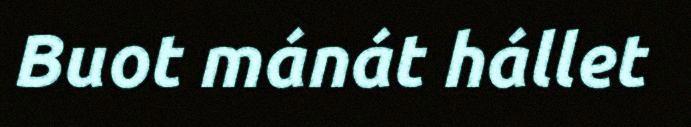
Buot mánát hállet